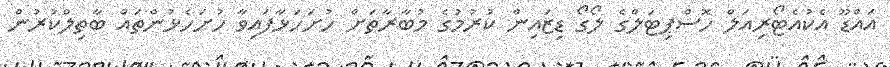
އައްޑޫ އެކުއެޓޯރިއަލް ހޮސްޕިޓަލްގެ ލޯގޯ ޑިޒައިން ކުރުމުގެ މުބާރާތަށް ހުށަހަޅާފައިވާ ހުށަހެޅުންތައް ބާތިލްކުރުން